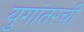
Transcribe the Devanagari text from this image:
युगांतरची